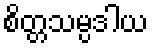
စိတ္တသမ္ပဒါယ